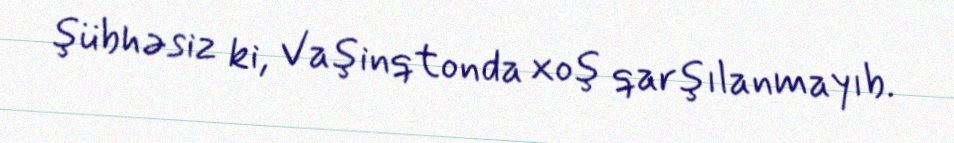
şübhəsiz ki, Vaşinqtonda xoş qarşılanmayıb.